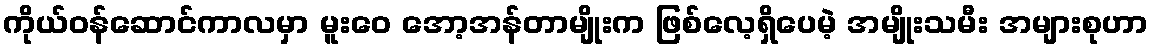
ကိုယ်ဝန်ဆောင်ကာလမှာ မူးဝေ အော့အန်တာမျိုးက ဖြစ်လေ့ရှိပေမဲ့ အမျိုးသမီး အများစုဟာ